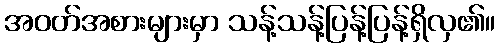
အဝတ်အစားများမှာ သန့်သန့်ပြန့်ပြန့်ရှိလှ၏။